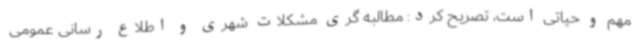
مهم و حیاتی است، تصریح کرد: مطالبه گری مشکلات شهری و اطلاع رسانی عمومی